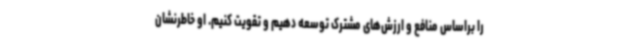
را براساس منافع و ارزش‌های مشترک توسعه دهیم و تقویت کنیم. او خاطرنشان